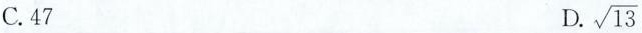
C. 47 D. \sqrt{13}